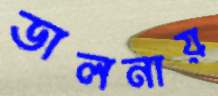
ডালনায়